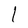
Character: I